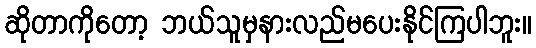
ဆိုတာကိုတော့ ဘယ်သူမှနားလည်မပေးနိုင်ကြပါဘူး။